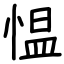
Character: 愠